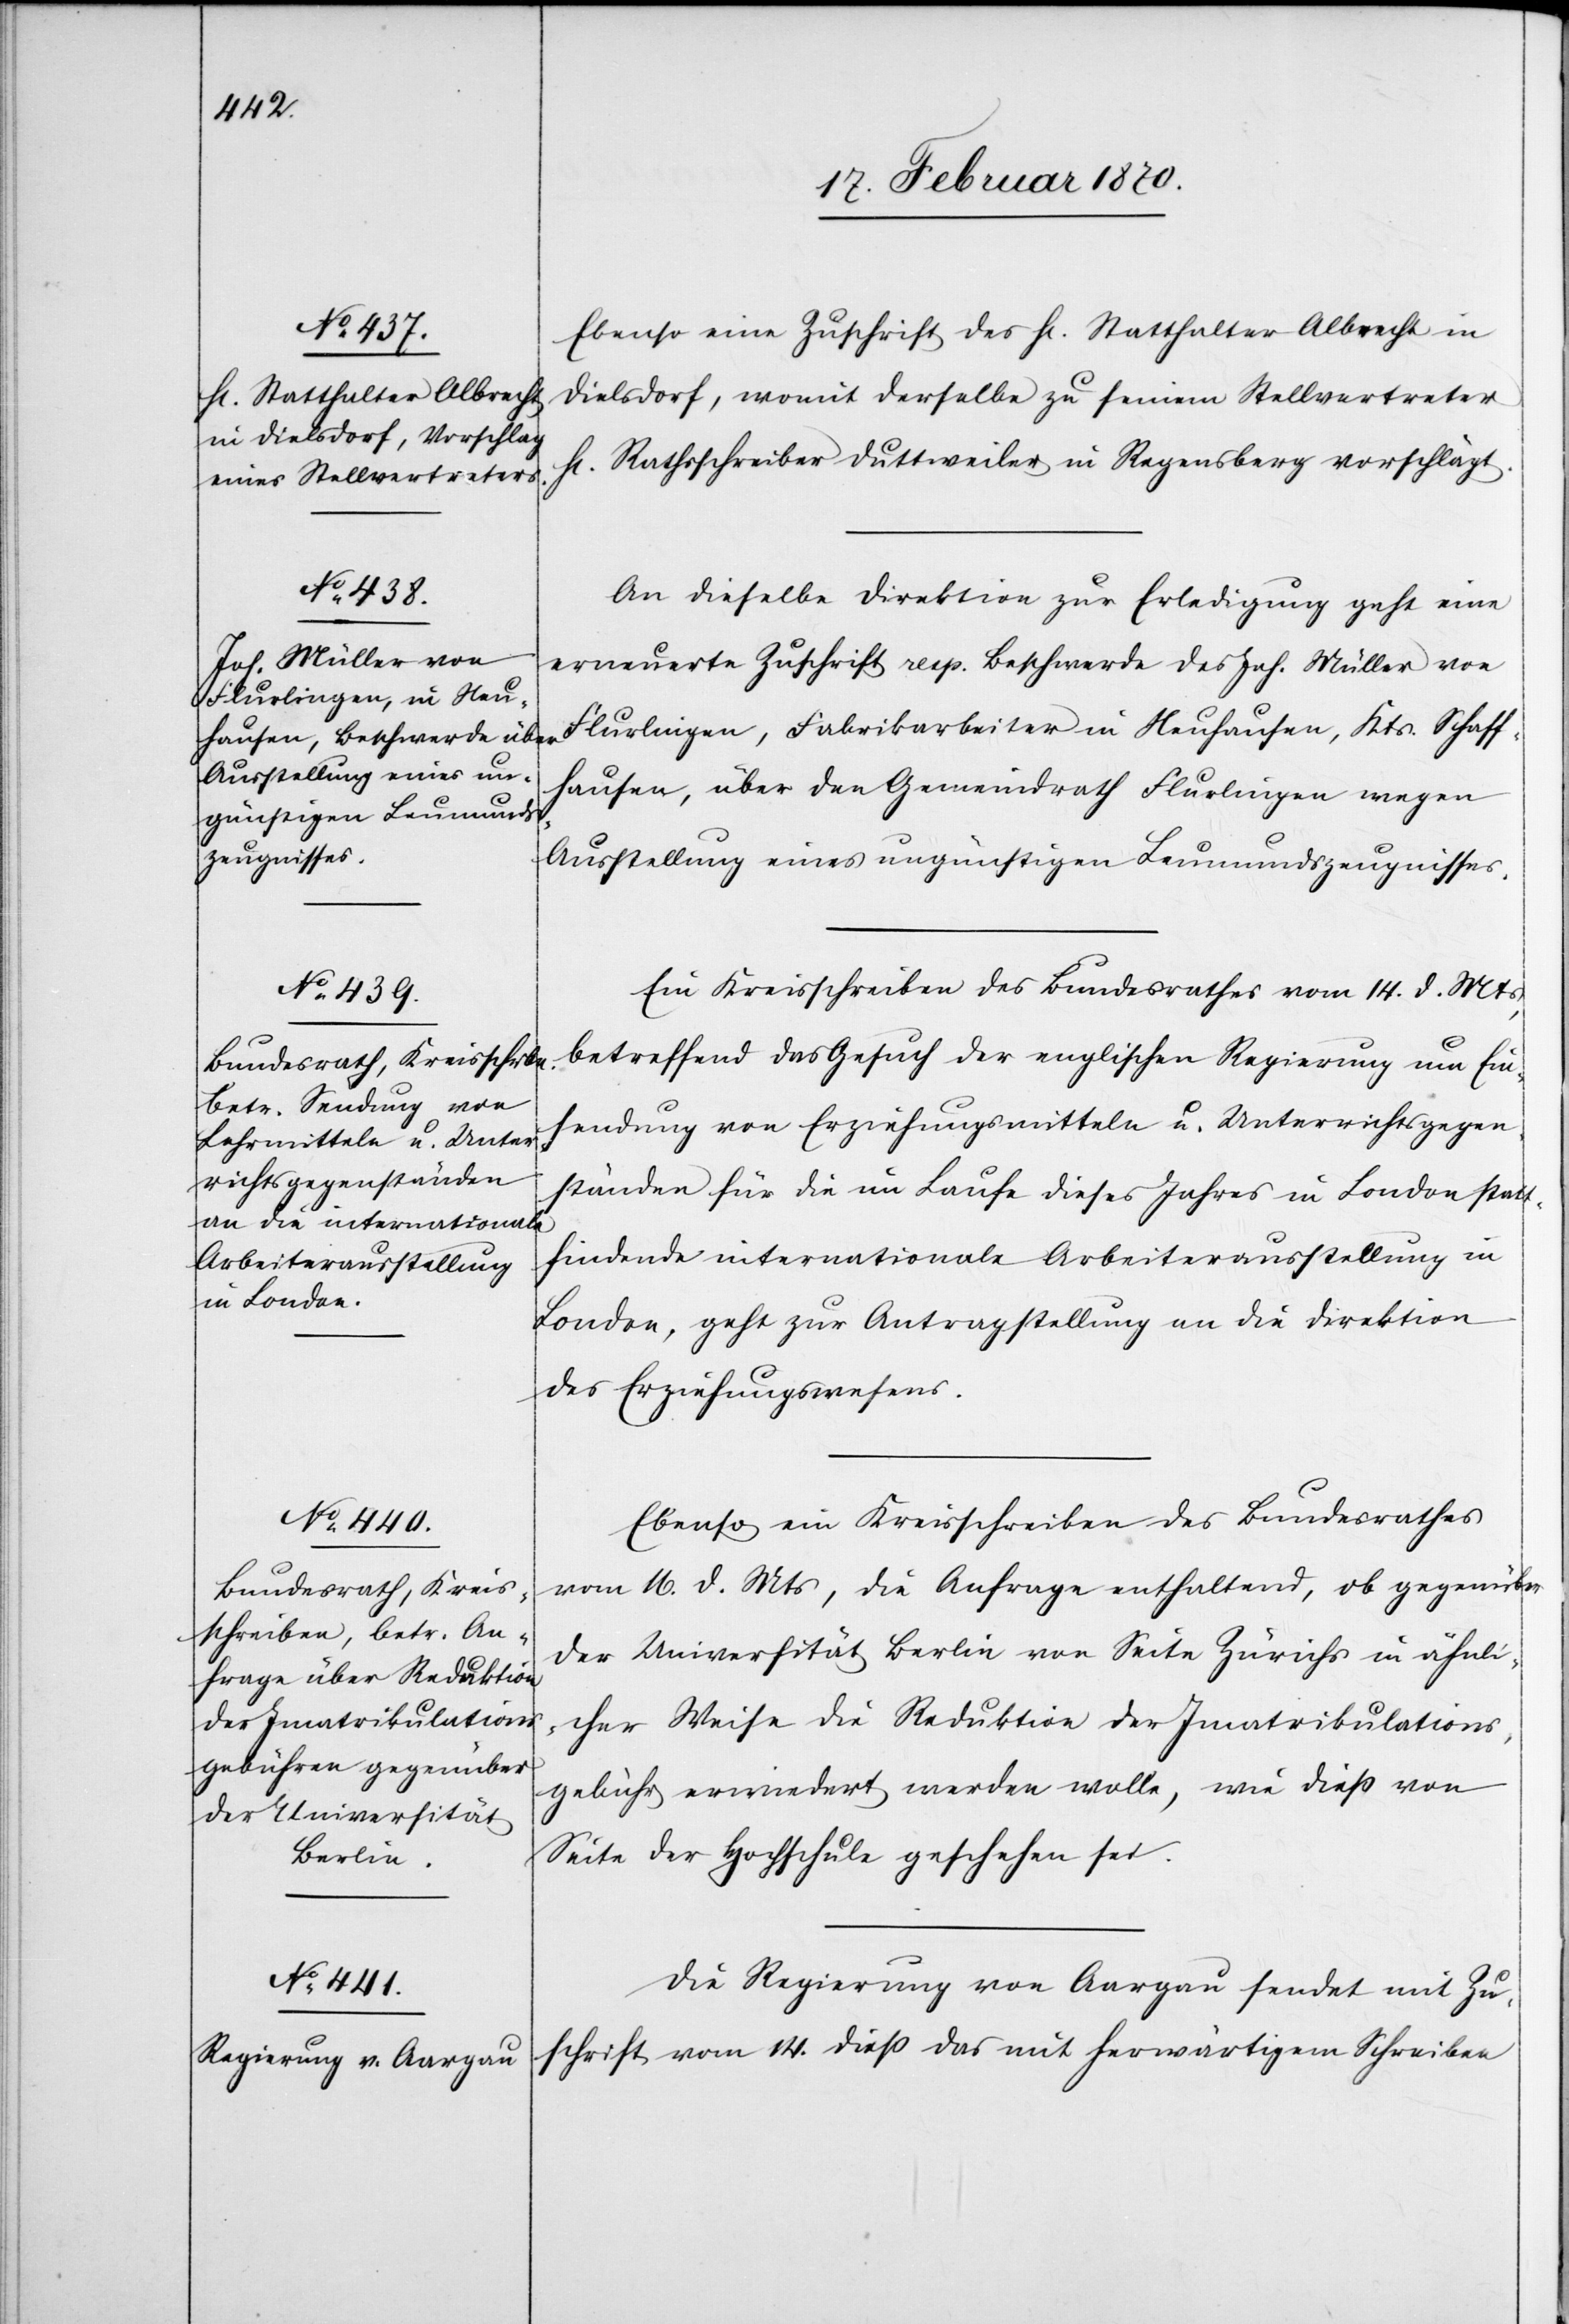
18. Februar 1870.]
Ebenso eine Zuschrift des H[errn] Statthalter Albrecht in
Dielsdorf, womit derselbe zu seinem Stellvertreter
Rathsschreiber Duttweiler in Regensberg vorschlägt.
An dieselbe Direktion zur Erledigung geht eine
erneuerte Zuschrift resp. Beschwerde des Joh. Müller von
Flurlingen, Fabrikarbeiter in Neuhausen, Kts. Schaff¬
hausen, über den Gemeindrath Flurlingen wegen
Ausstellung eines ungünstigen Leumundszeugnisses.
Ein Kreisschreiben des Bundesrathes vom 14. d. Mts,
betreffend das Gesuch der englischen Regierung um Ein¬
sendung von Erziehungsmitteln u. Unterrichtsgegen¬
ständen für die im Laufe dieses Jahres in London stat¬
tfindende internationale Arbeiterausstellung in
London, geht zur Antragstellung an die Direktion
des Erziehungswesens.
Ebenso ein Kreisschreiben des Bundesrathes
vom 16. d. Mts, die Anfrage enthaltend, ob gegenüber
der Universität Berlin von Seite Zürichs in ähnli¬
cher Weise die Reduktion der Imatrikulations¬
gebühr erwiedert werden wolle, wie diess von
Seite der Hochschule geschehen sei.
Die Regierung von Aargau sendet mit Zu¬
schrift vom 14. diess das mit herwärtigem Schreiben